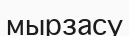
мырзасу